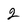
Character: 2